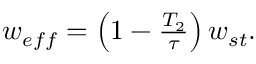
\begin{array} { r } { w _ { e f f } = \left( 1 - \frac { T _ { 2 } } { \tau } \right) w _ { s t } . } \end{array}